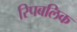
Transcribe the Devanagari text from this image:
रिपबलिक